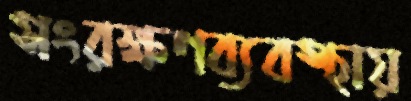
সংরক্ষণব্যবস্থায়